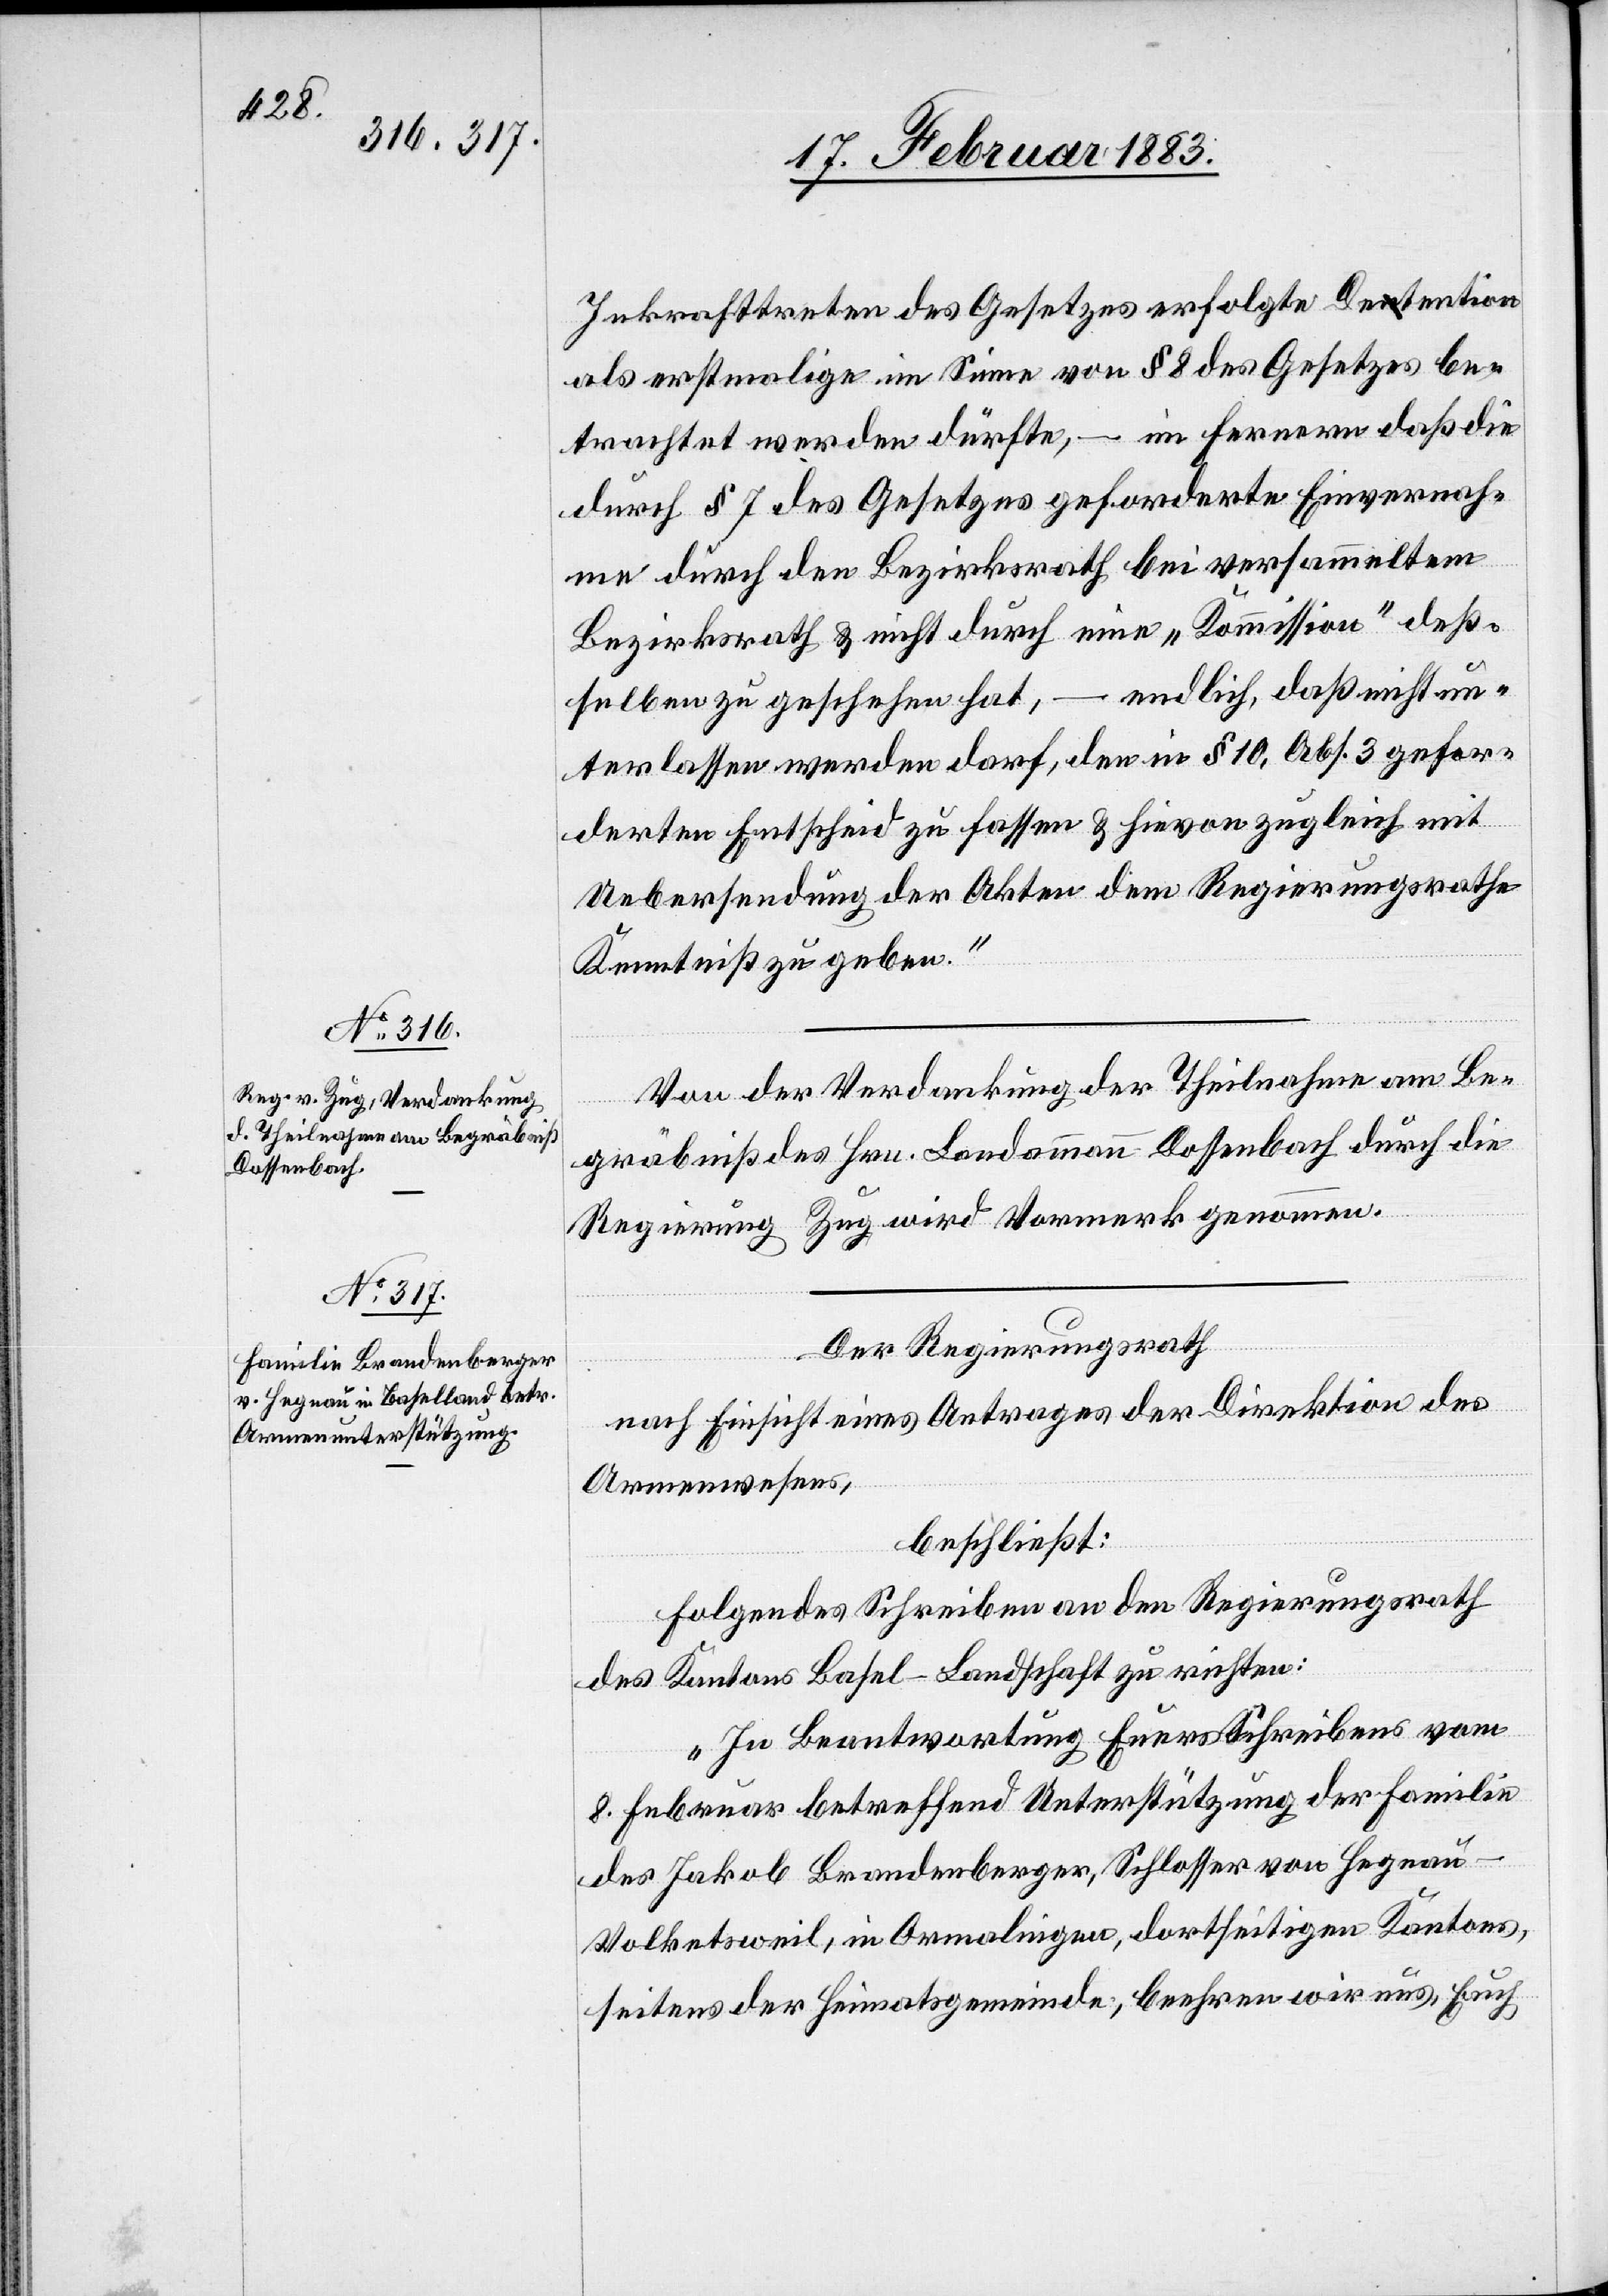
Inkrafttreten des Gesetzes erfolgte Detention
als erstmalige im Sinne von § 8 des Gesetzes be¬
trachtet werden dürfte, – im Fernern daß die
durch § 7 des Gesetzes geforderte Einvernah¬
me durch den Bezirksrath bei versammeltem
Bezirksrath & nicht durch eine „Kommission“ deß¬
selben zu geschehen hat, – endlich, daß nicht un¬
terlassen werden darf, den in § 10, Abs. 3 gefor¬
derten Entscheid zu fassen & hievon zugleich mit
Uebersendung der Akten dem Regierungsrathe
Kenntniß zu geben.“
Von der Verdankung der Theilnahme am Be¬
gräbniß des Hrn. Landammann Dossenbach durch die
Regierung Zug wird Vormerk genommen.
Der Regierungsrath
nach Einsicht eines Antrages der Direktion des
Armenwesens,
beschließt:
folgendes Schreiben an den Regierungsrath
des Kantons Basel-Landschaft zu richten:
„In Beantwortung Euers [sic!] Schreibens vom
8. Februar betreffend Unterstützung der Familie
des Jakob Brandenberger, Schlosser von Hegnau
Volketsweil, in Ormalingen, dortseitigen Kantons,
seitens der Heimatsgemeinde, beehren wir uns, Euch